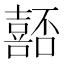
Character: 嚭